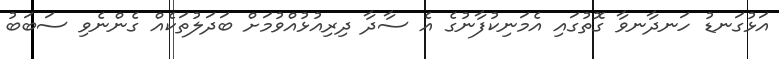
އަޅުގަނޑު ހަނދާނވާ ގޮތުގައި އެމަނިކުފާނުގެ އެ ސާދާ ދިރިއުޅުއްވުމަށް ބަދަލުތަކެއް ގެންނެވި ސަބަބު